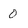
Character: 0